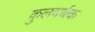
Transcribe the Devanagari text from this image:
कुलवर्धक